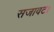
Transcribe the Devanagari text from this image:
सजावट।